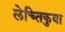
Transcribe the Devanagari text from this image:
लेच्तिकुवा